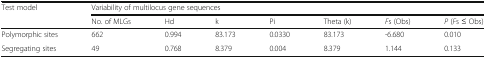
<table><thead><tr><td rowspan="2"><b>Test model</b></td><td colspan="7"><b>Variability of multilocus gene sequences</b></td></tr><tr><td><b>No. of MLGs</b></td><td><b>Hd</b></td><td><b>k</b></td><td><b>Pi</b></td><td><b>Theta (k)</b></td><td><b><i>F</i>s (Obs)</b></td><td><b><i>P</i> (<i>F</i>s ≤ Obs)</b></td></tr></thead><tbody><tr><td>Polymorphic sites</td><td>662</td><td>0.994</td><td>83.173</td><td>0.0330</td><td>83.173</td><td>-6.680</td><td>0.010</td></tr><tr><td>Segregating sites</td><td>49</td><td>0.768</td><td>8.379</td><td>0.004</td><td>8.379</td><td>1.144</td><td>0.133</td></tr></tbody></table>